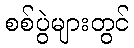
စစ်ပွဲများတွင်